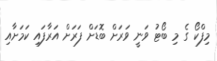
މިފްކޯ ގެ މި ބޯޓު ވަނީ ވަރަށް ބޮޑަށް ފަރަށް އަރާފައި ކަމަށާއި